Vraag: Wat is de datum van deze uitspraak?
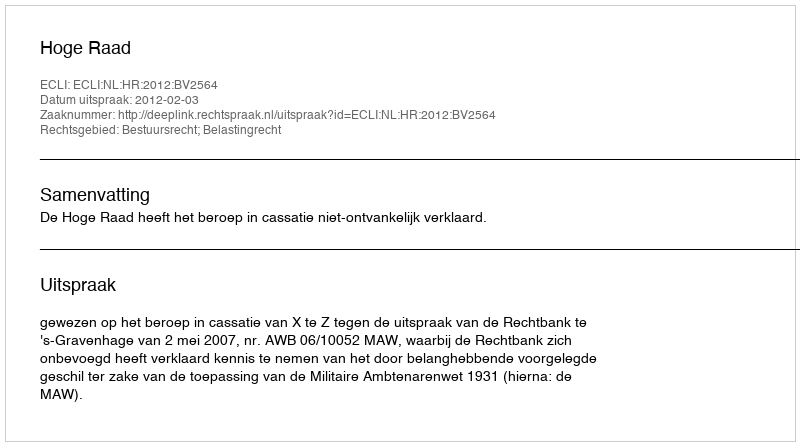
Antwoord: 2012-02-03